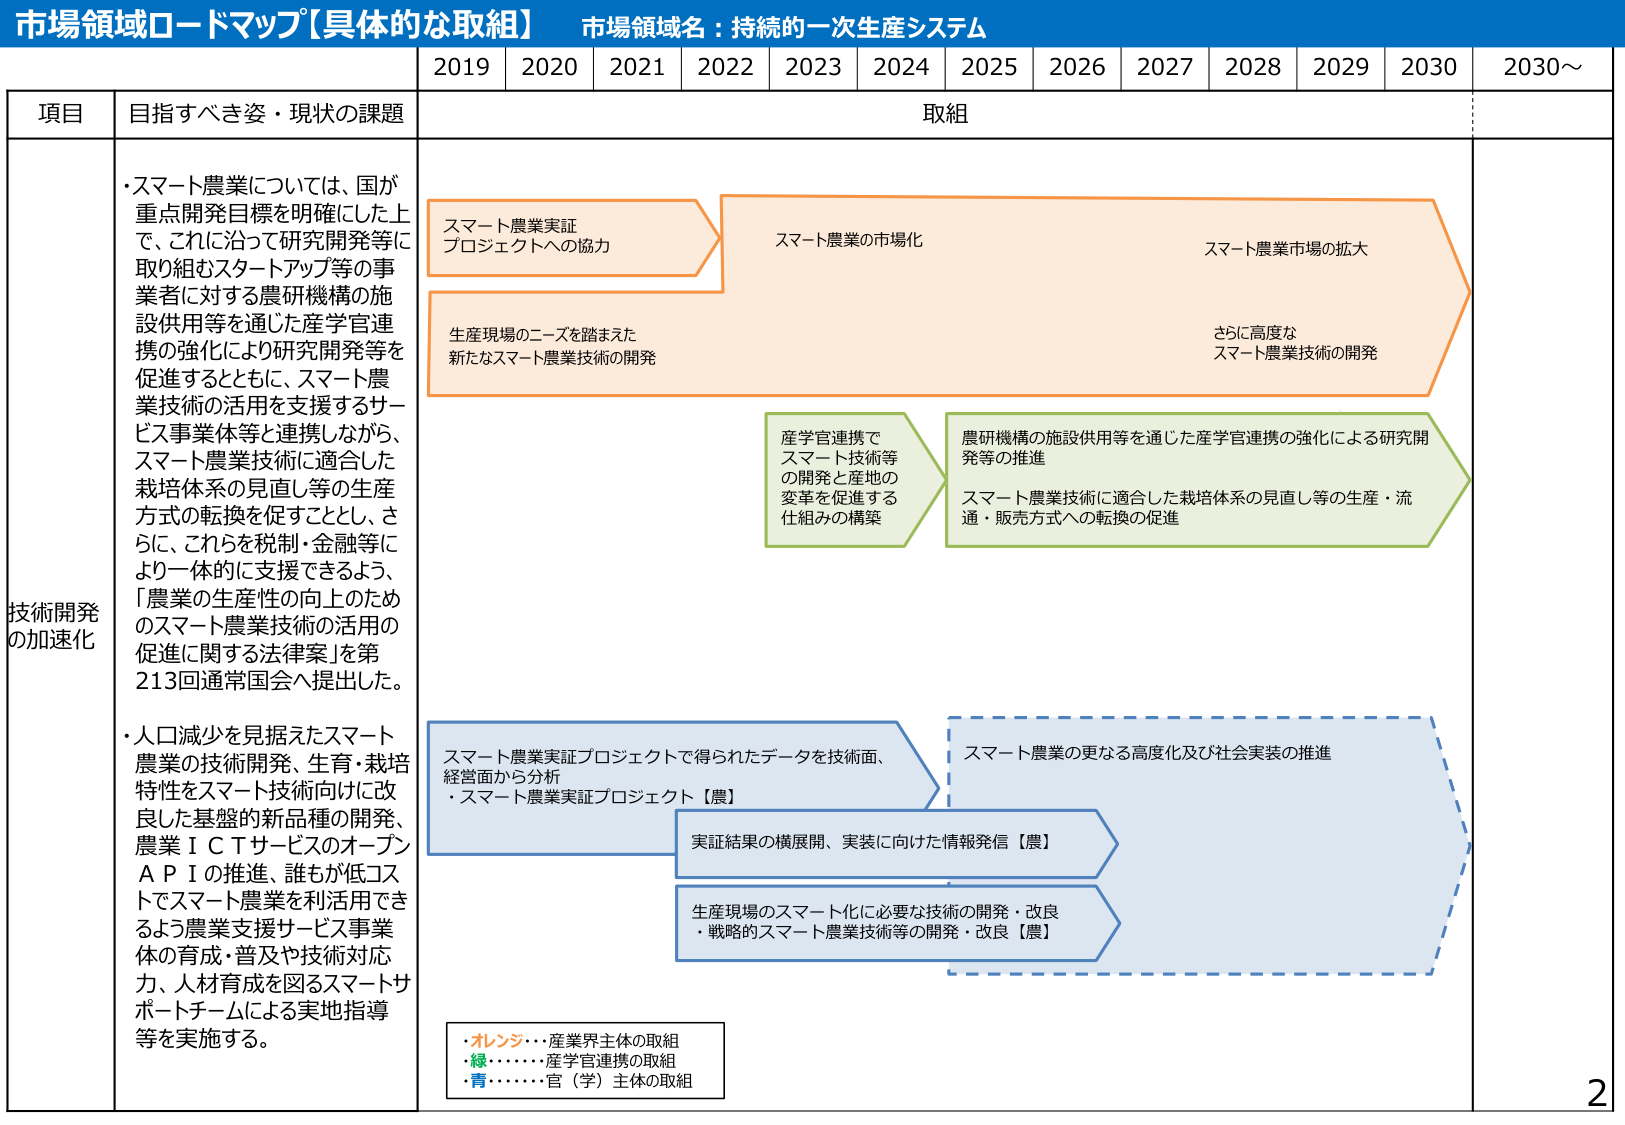
市場領域ロードマップ【具体的な取組】 市場領域名：持続的⼀次⽣産システム
2019 2020 2021 2022 2023 2024 2025 2026 2027 2028 2029 2030 2030〜
項⽬ ⽬指すべき姿・現状の課題 取組
技術開発 の加速化
・スマート農業については、国が 重点開発⽬標を明確にした上 で、これに沿って研究開発等に 取り組むスタートアップ等の事 業者に対する農研機構の施 設供⽤等を通じた産学官連 携の強化により研究開発等を 促進するとともに、スマート農 業技術の活⽤を⽀援するサー ビス事業体等と連携しながら、 スマート農業技術に適合した 栽培体系の⾒直し等の⽣産 ⽅式の転換を促すことで、さ らに、これらを税制・⾦融等に より⼀体的に⽀援できるよう、 「農業の⽣産性の向上のため のスマート農業技術の活⽤の 促進に関する法律案」を第 213回通常国会へ提出した。
・⼈⼝減少を⾒据えたスマート 農業の技術開発、⽣育・栽培 特性をスマート技術向けに改 良した基盤の新品種の開発、 農業ＩＣＴサービスのオープン ＡＰＩの推進、誰もが低コスト でスマート農業を利活⽤でき るよう農業⽀援サービス事業 体の育成・普及や技術対応 ⼒、⼈材育成を図るスマートサ ポートチームによる実地指導 等を実施する。
スマート農業実証 プロジェクトへの協⼒
⽣産現場のニーズを踏まえた 新たなスマート農業技術の開発
スマート農業の市⺠化
スマート農業市場の拡⼤
さらに⾼度な スマート農業技術の開発
産学官連携で スマート技術等 の開発と産地の 変⾰を促進する 仕組みの構築
農研機構の施設供⽤等を通じた産学官連携の強化による研究開 発等の推進
スマート農業技術に適合した栽培体系の⾒直し等の⽣産・流 通・販売⽅式への転換の促進
スマート農業実証プロジェクトで得られたデータを技術⾯、 経営⾯から分析
・スマート農業実証プロジェクト【農】
実証結果の横展開、実装に向けた情報発信【農】
⽣産現場のスマート化に必要な技術の開発・改良
・戦略的スマート農業技術等の開発・改良【農】
スマート農業の更なる⾼度化及び社会実装の推進
・オレンジ･･･産業界主体の取組
・緑･･････産学官連携の取組
・⻘･･････官（学）主体の取組
2